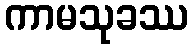
ကာမသုခဿ